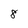
Character: 8